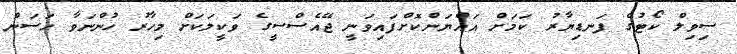
ސިވިލް ކޯޓުގެ ފަނޑިޔާރު ކަމަށް އައްޔަންކޮށްފައިވަނީ ޖޭއެސްސީގެ ވަކީލަކަށް މިހާރު ހުންނަވާ ހަސަން